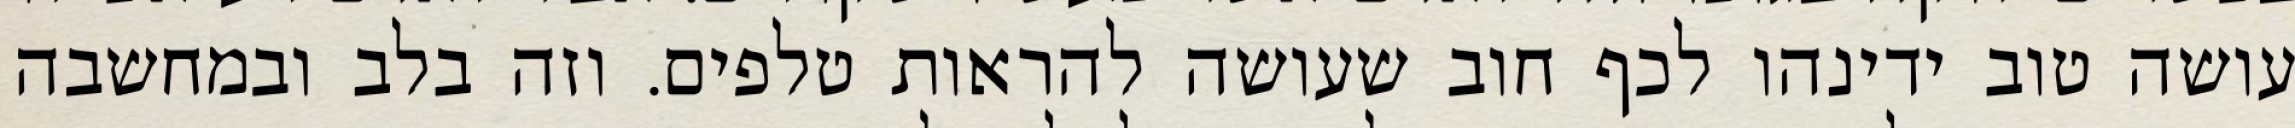
עושה טוב ידינהו לכף חוב שעושה להראות טלפים. וזה בלב ובמחשבה